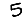
Digit: 5